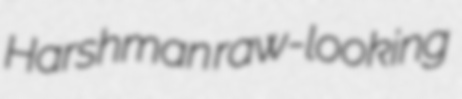
Harshman raw-looking